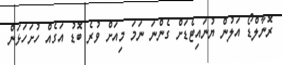
ރޮނާލްޑޯ އަލުން ޔުނައިޓެޑަށް ގެންނަ ނަމަ މިއަށް ވުރެ ބޮޑު އަގެއް ހުށަހަޅަން